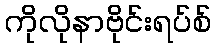
ကိုလိုနာဗိုင်းရပ်စ်